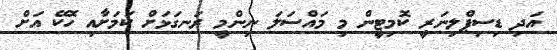
އަދި ޑިސިޕްލިނަރީ ކޮމިޓީން މި މައްސަލަ ނިންމީ ރަނގަޅަށް ކަމަށާއި ހޮކޭ އަށް